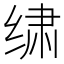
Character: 𰬩